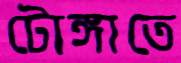
টোঙ্গাতে